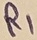
Text: R1